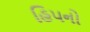
હિપનો